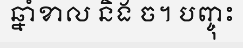
ឆ្នាំខាល និង ច។ បញ្ចុះ